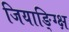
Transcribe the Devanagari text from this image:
जियाङ्ग्क्षि